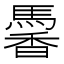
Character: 𩤹